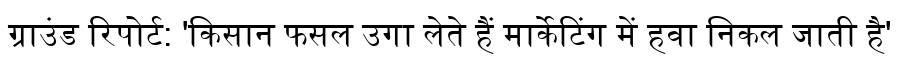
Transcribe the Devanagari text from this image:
ग्राउंड रिपोर्ट: 'किसान फसल उगा लेते हैं मार्केटिंग में हवा निकल जाती है'